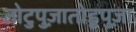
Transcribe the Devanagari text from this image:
तोटुपुज़ातोडुपुज़ा